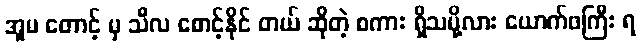
အူမ တောင့် မှ သီလ စောင့်နိုင် တယ် ဆိုတဲ့ စကား ရှိသမို့လား ယောက်ဖကြီး ရ